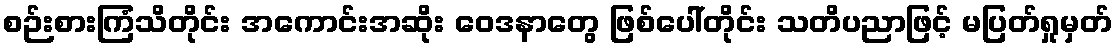
စဉ်းစားကြံသိတိုင်း အကောင်းအဆိုး ဝေဒနာတွေ ဖြစ်ပေါ်တိုင်း သတိပညာဖြင့် မပြတ်ရှုမှတ်